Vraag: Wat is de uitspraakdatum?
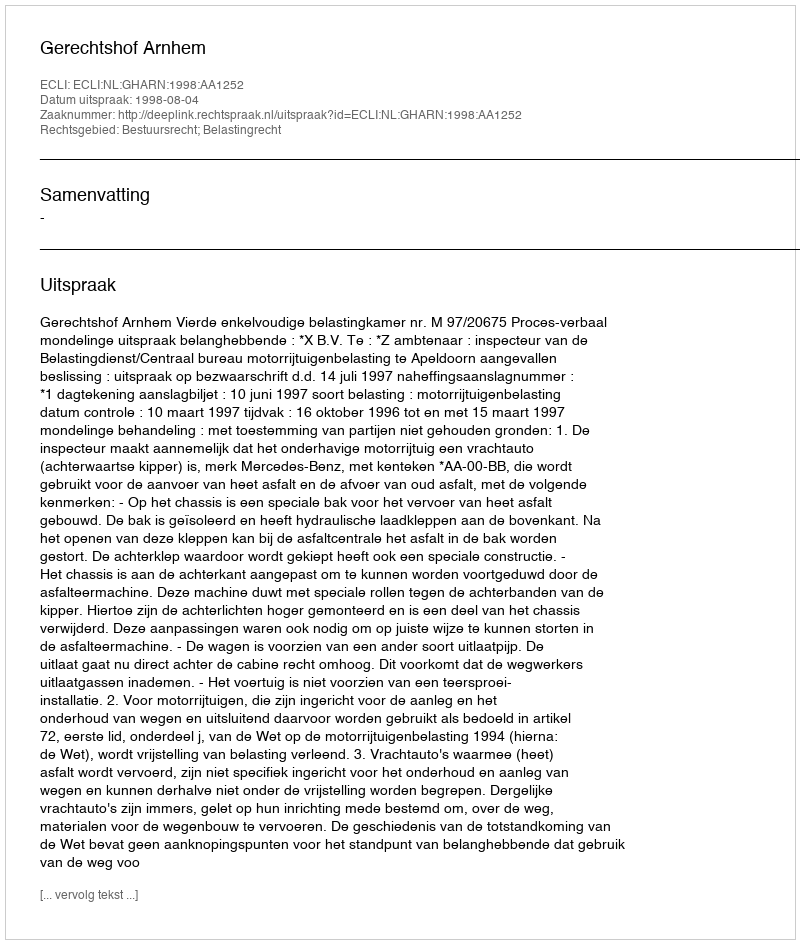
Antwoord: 1998-08-04